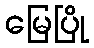
မြေပြို